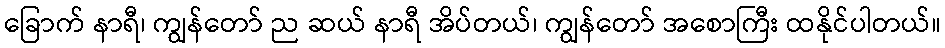
ခြောက် နာရီ၊ ကျွန်တော် ည ဆယ် နာရီ အိပ်တယ်၊ ကျွန်တော် အစောကြီး ထနိုင်ပါတယ်။